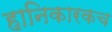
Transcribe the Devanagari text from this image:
हानिकारकच